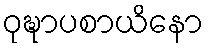
ဝုဍ္ဎာပစာယိနော